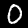
Label: 0